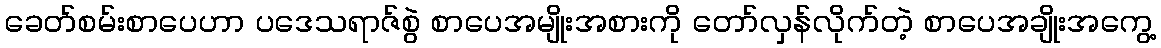
ခေတ်စမ်းစာပေဟာ ပဒေသရာဇ်စွဲ စာပေအမျိုးအစားကို တော်လှန်လိုက်တဲ့ စာပေအချိုးအကွေ့